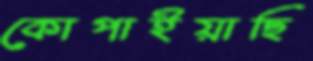
কোপাইয়াছি